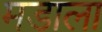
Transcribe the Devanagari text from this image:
मडाला